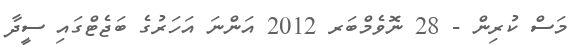
މަސް ކުރިން - 28 ނޮވެމްބަރ 2012 އަންނަ އަހަރުގެ ބަޖެޓްގައި ސީދާ